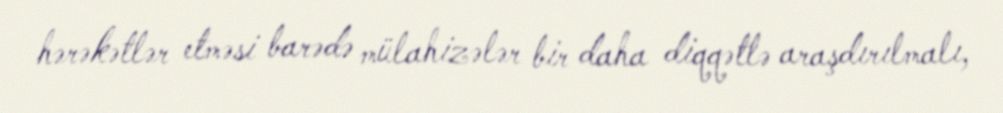
hərəkətlər etməsi barədə mülahizələr bir daha diqqətlə araşdırılmalı,